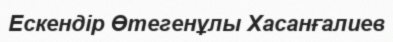
Ескендір Өтегенұлы Хасанғалиев